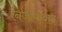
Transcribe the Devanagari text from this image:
निजामाबाद।